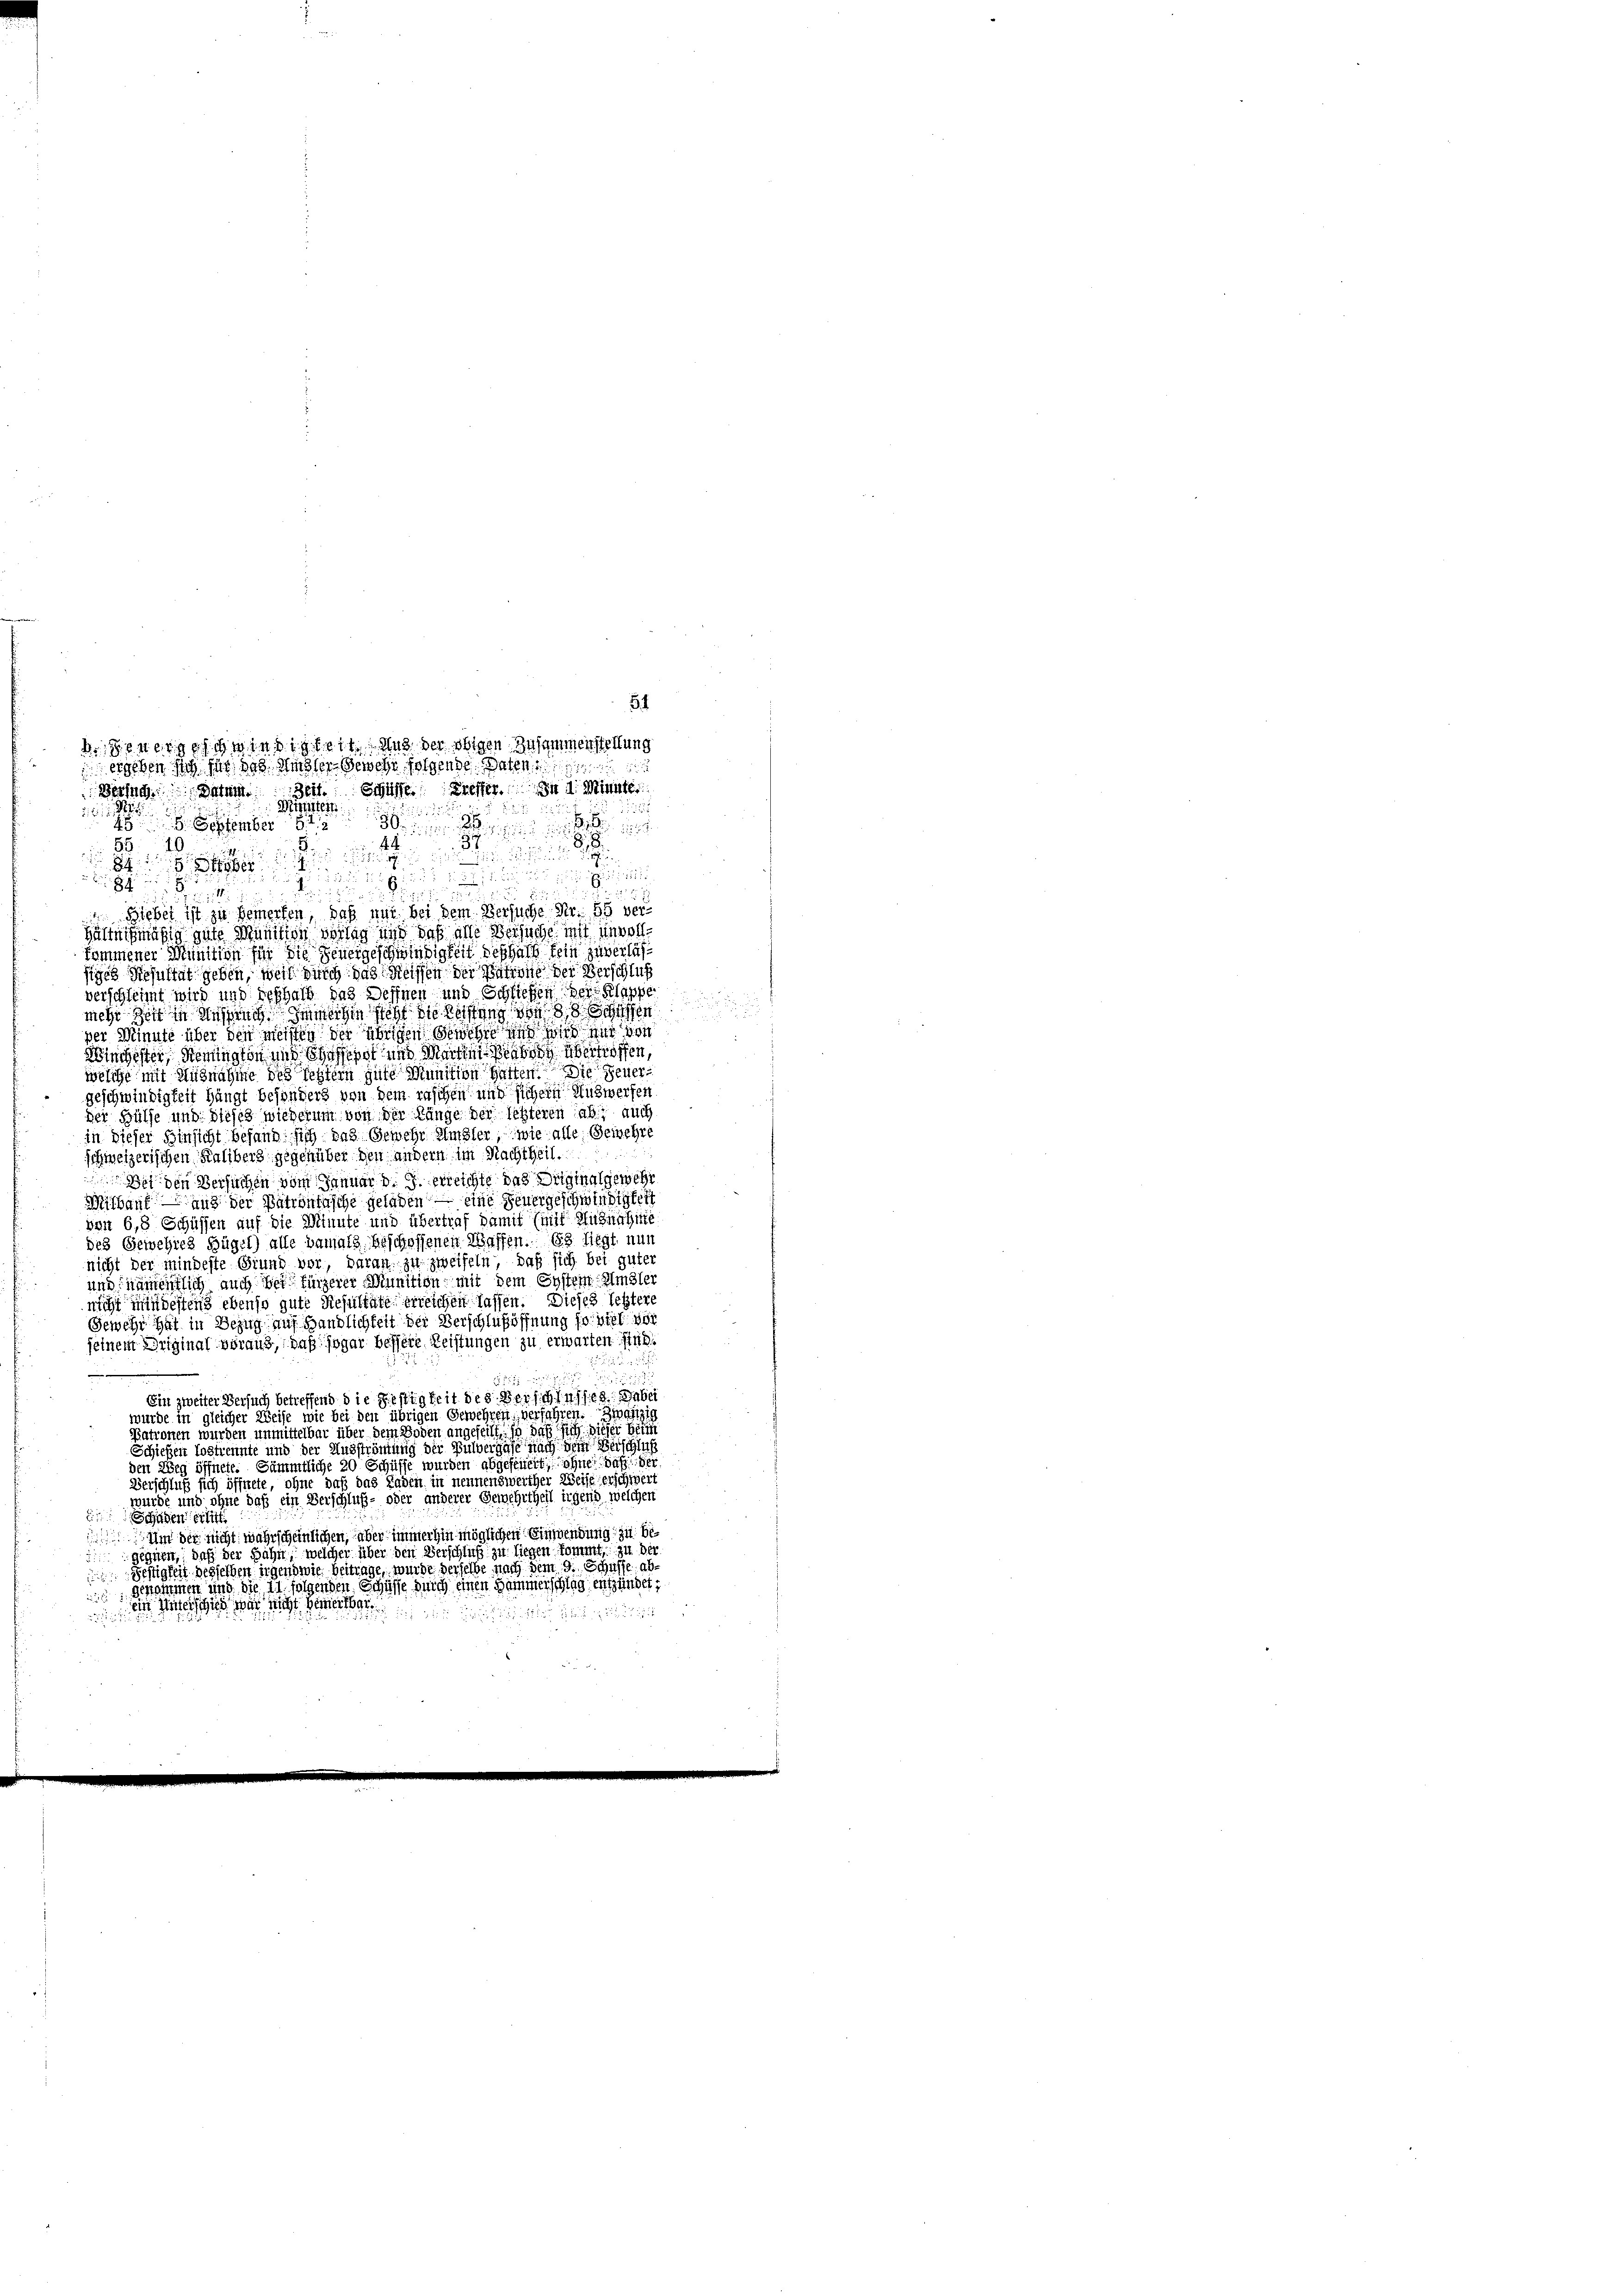
21 21
55. 49

55
8
499. September 194
.
57.

.
ischen.

die
 18
 1811

i

Biebet ist zu bemerfen, daß und bei dem Versuche Nr. 55 verhältnismäßig gute Munition vorlag und daß alle Besuche mit invollkommener Munition für die Feuergeschwindigkeit deshalb kein zuverlassiges Resultat geben, weil durch das Reissen der Patrone der Verschluß
verschleimt wird und reshalb das Deffnen und Schließen der Klappe
mehr zeit in Messung. Zimlichen sicht die Reistung von 8 ten
per Minute über den meisten der übrigen Gewehre und wird mir von
Wingester Bennington und Basepot und Marten haben übertroffen,
welche mit Ausnahme des letztern gute Munition hatten. Die Feuergeschwindigkeit hängt besonders von dem raschen und sichern Auswerfen
der Hülfe und dieses wiederum von der Länge der letzteren ab, auch
in dieser Hinsicht befand sich das Gewehr Amsler, wie alle Gewehre
schweizerischen Kaliberg gegenüber den andern im Nachtheil
Bos den Versuchen vom Januar d. J. erreichte das Originalgewehr
Mishaus – und der Patrontasche geladen, eine Feuergeschwindigkeit
von 6,8 Schüssen auf die Minute und übertraf damit (mit Ausnahme
des Gewehres Hügel) alle damals beschoffenen Waffen. Es liegt nun
nicht der mindeste Grund vor, daran zu zweifeln, daß sich bei guter
und namentlich auch bei fürzerer Munition mit dem System Umster
nicht mindestens ebenso gute Resultate erreichen lassen. Dieses letztere
Gewehr hat in Bezug auf Händlichkeit der Verschlußöffnung so viel vor
seinem Original voraus, daß sogar bessere Leistungen zu erwarten sind.
1575 u.
Ein zweiter Versuch betreffend die Festigkeit des Verschlusses. Dabei
wurde in gleicher Weise wie bei den übrigen Gewehren, verfahren. Zwanzig
Patronen wurden unmittelbar über dem Boden angeheilt, so daß sich dieser beim
Schießen Lostrennte und der Ausströmung der Pulvergase nach dem Verschluß
den Weg öffnete. Sämmtliche 20 Schüffe wurden abgefeuert, ohne daß der
Verschluß sich öffnete, ohne daß das Laden in nennenswerther Weise erschwert
wurde und ohne daß ein Verschluß- oder anderer Gewehrtheil irgend welchen
E
Schaden erlitt.
Um der nicht wahrscheinlichen, über immerhin möglichen Einwendung zu be
gegnen, daß der Bahn, welcher über den Verschluß zu liegen kommt, zu der
Seftigten desselben irgendwie beitrage, wurde derselbe nach dem 9. Schaffe ab¬
 genommen und die 11 folgenden Schaffe durch einen Hammerschlag entzündet,
ein Unterschied war nicht gemeine

25

54
80000 wierigkeit aus der obigen Zusammenstellung
ergeben sich für das Musser Gewehr folgende Daten,
Zeit. Schüsse. Greffer. In d. Minute
Wiesige Bahn zu